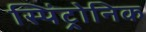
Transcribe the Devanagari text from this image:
स्पिंट्रोनिक